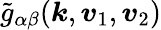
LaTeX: \widetilde{g}_{\alpha\beta}(\boldsymbol{k},\boldsymbol{v}_{1},\boldsymbol{v}_{2})